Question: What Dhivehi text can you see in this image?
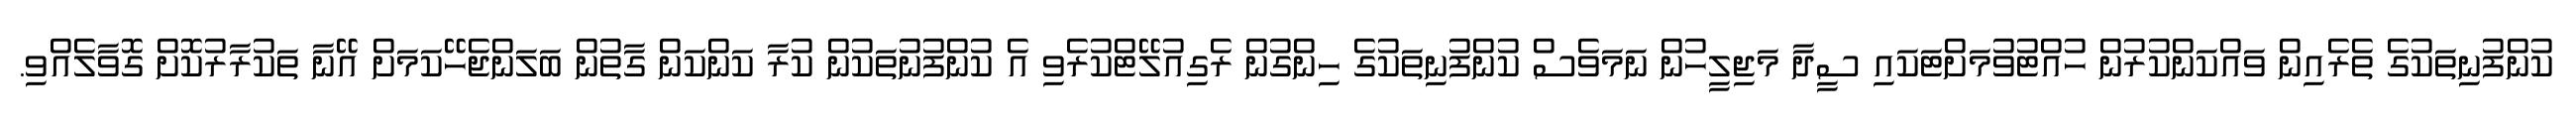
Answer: ކުންފުނިތަކުގެ ތެރެއިން ވައްކަންކުރުން ހުއްޓުވުމަށްޓަކައި ސީދާ މަޖިލީހުން ނަމަވެސް ކުންފުނިތަކުގެ ހިންގުން ރެގިއުލޭޓްކުރެވި އެ ކުންފުނުތަކުން ކުރާ ކަންކަން ގާތުން ބަލަންޖެހޭކަމަށް އޭނާ ތަކުރާރުކޮށް ގޮވާލެއްވި.